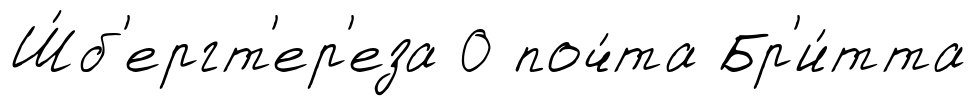
Ш́б'ергт'ер'еза 0 поч́та Бр'и́тта